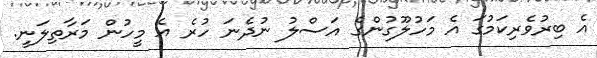
އެ ބިރުވެރިކަމުގަ އެ މަހުލޫގުންގެ އަސްލު ނުދެނަ ހުރެ އެ މީހުން މަރާތިލަނީ.